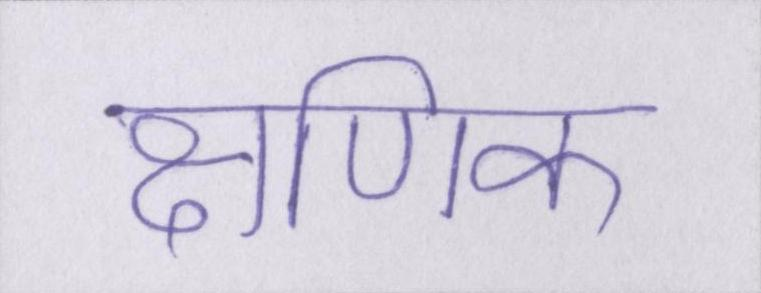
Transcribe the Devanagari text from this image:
क्षणिक